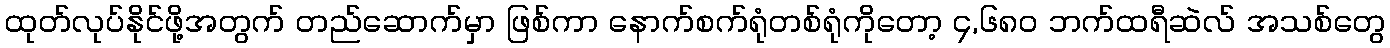
ထုတ်လုပ်နိုင်ဖို့အတွက် တည်ဆောက်မှာ ဖြစ်ကာ နောက်စက်ရုံတစ်ရုံကိုတော့ ၄,၆၈၀ ဘက်ထရီဆဲလ် အသစ်တွေ